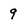
Character: 9